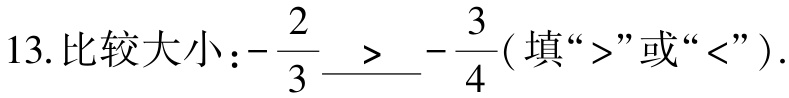
13.比较大小：$-\dfrac{2}{3}\underline{>} -\dfrac{3}{4}$(填“>”或“<”).